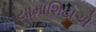
યામાશિટાએ